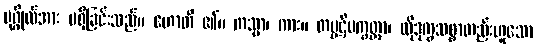
ပုဂ္ဂိုလ်အား မရှိခြင်းသည်။ ဟောတိ ၏။ ကသ္မာ၊ ကား။ တပ္ပဋိပက္ခတ္တာ၊ ထိုဒုက္ခသစ္စာတည်းဟူသော